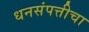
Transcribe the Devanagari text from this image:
धनसंपत्तीचा